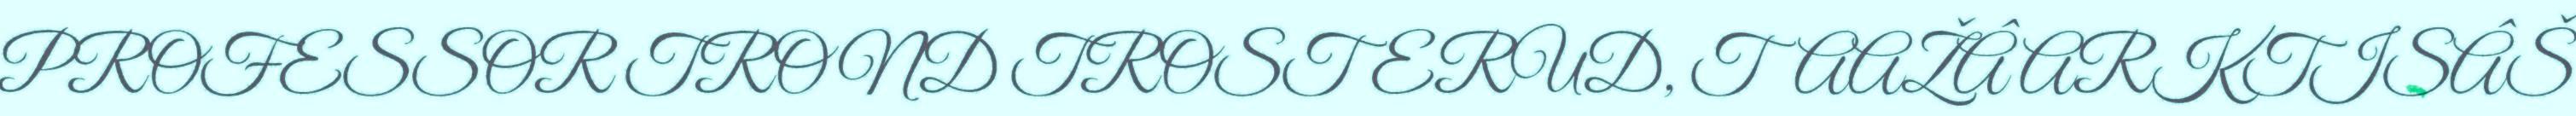
PROFESSOR TROND TROSTERUD, TAAŽÂ ARKTISÂŠ